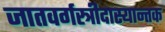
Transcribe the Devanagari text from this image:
जातवर्गस्त्रीदास्यान्तक